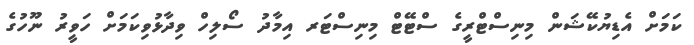
ކަމަށް އެޑިޔުކޭޝަން މިނިސްޓްރީގެ ސްޓޭޓް މިނިސްޓަރ އިމާދު ސޯލިހް ވިދާޅުވިކަމަށް ހަވީރު ނޫހުގެ